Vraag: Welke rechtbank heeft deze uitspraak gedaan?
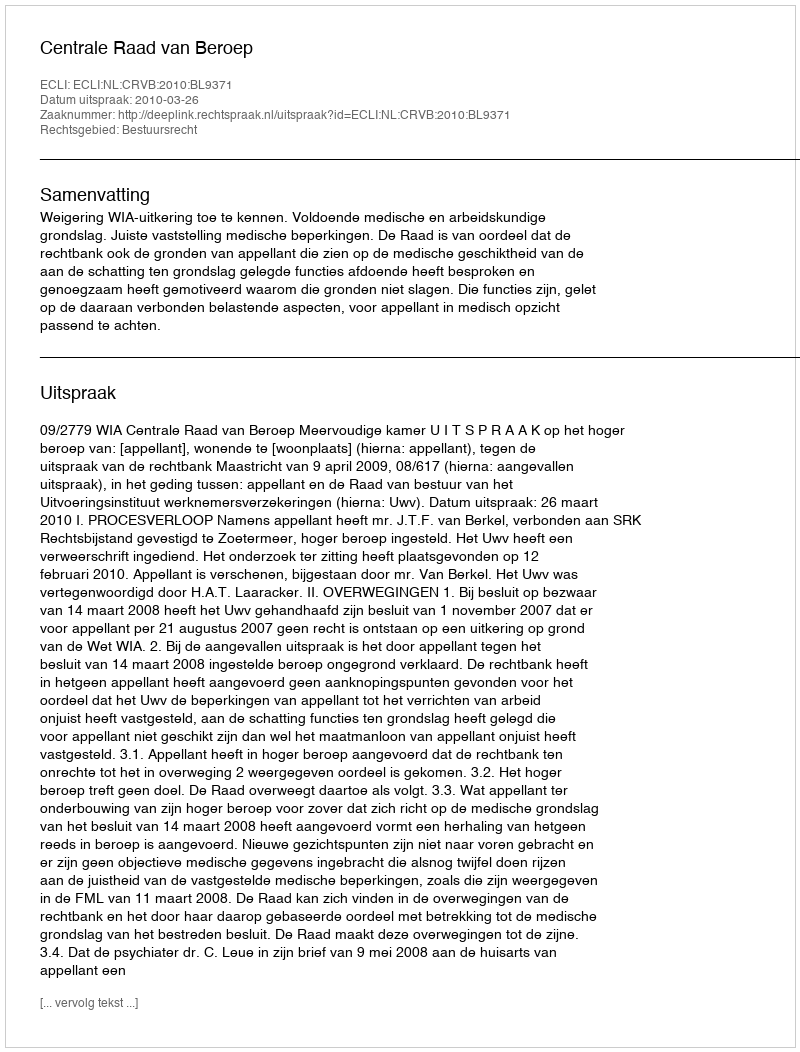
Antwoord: Centrale Raad van Beroep